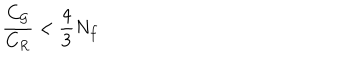
\frac { C _ { \cal G } } { C _ { R } } < \frac { 4 } { 3 } N _ { f }